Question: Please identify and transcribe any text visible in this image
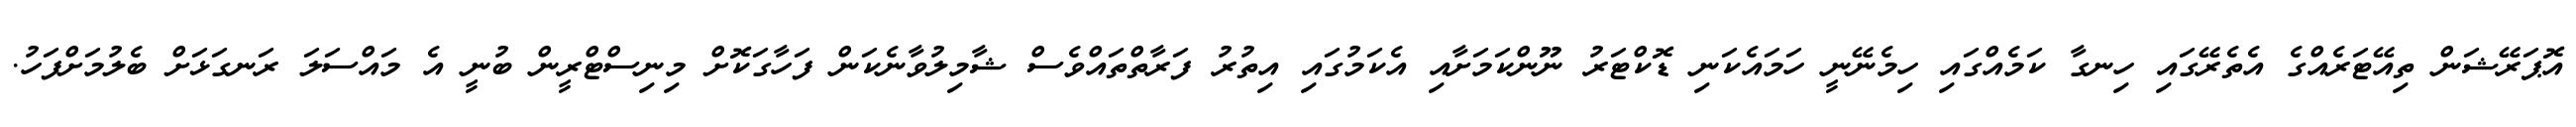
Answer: އޮޕަރޭޝަން ތިއޭޓަރެއްގެ އެތެރޭގައި ހިނގާ ކަމެއްގައި ހިމެނޭނީ ހަމައެކަނި ޑޮކްޓަރު ނޫންކަމަށާއި އެކަމުގައި އިތުރު ފަރާތްތައްވެސް ޝާމިލުވާނެކަން ފަހާގަކޮށް މިނިސްޓްރީން ބުނީ އެ މައްސަލަ ރަނގަޅަށް ބެލުމަށްފަހު.